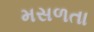
મસળતા